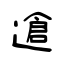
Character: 䢢